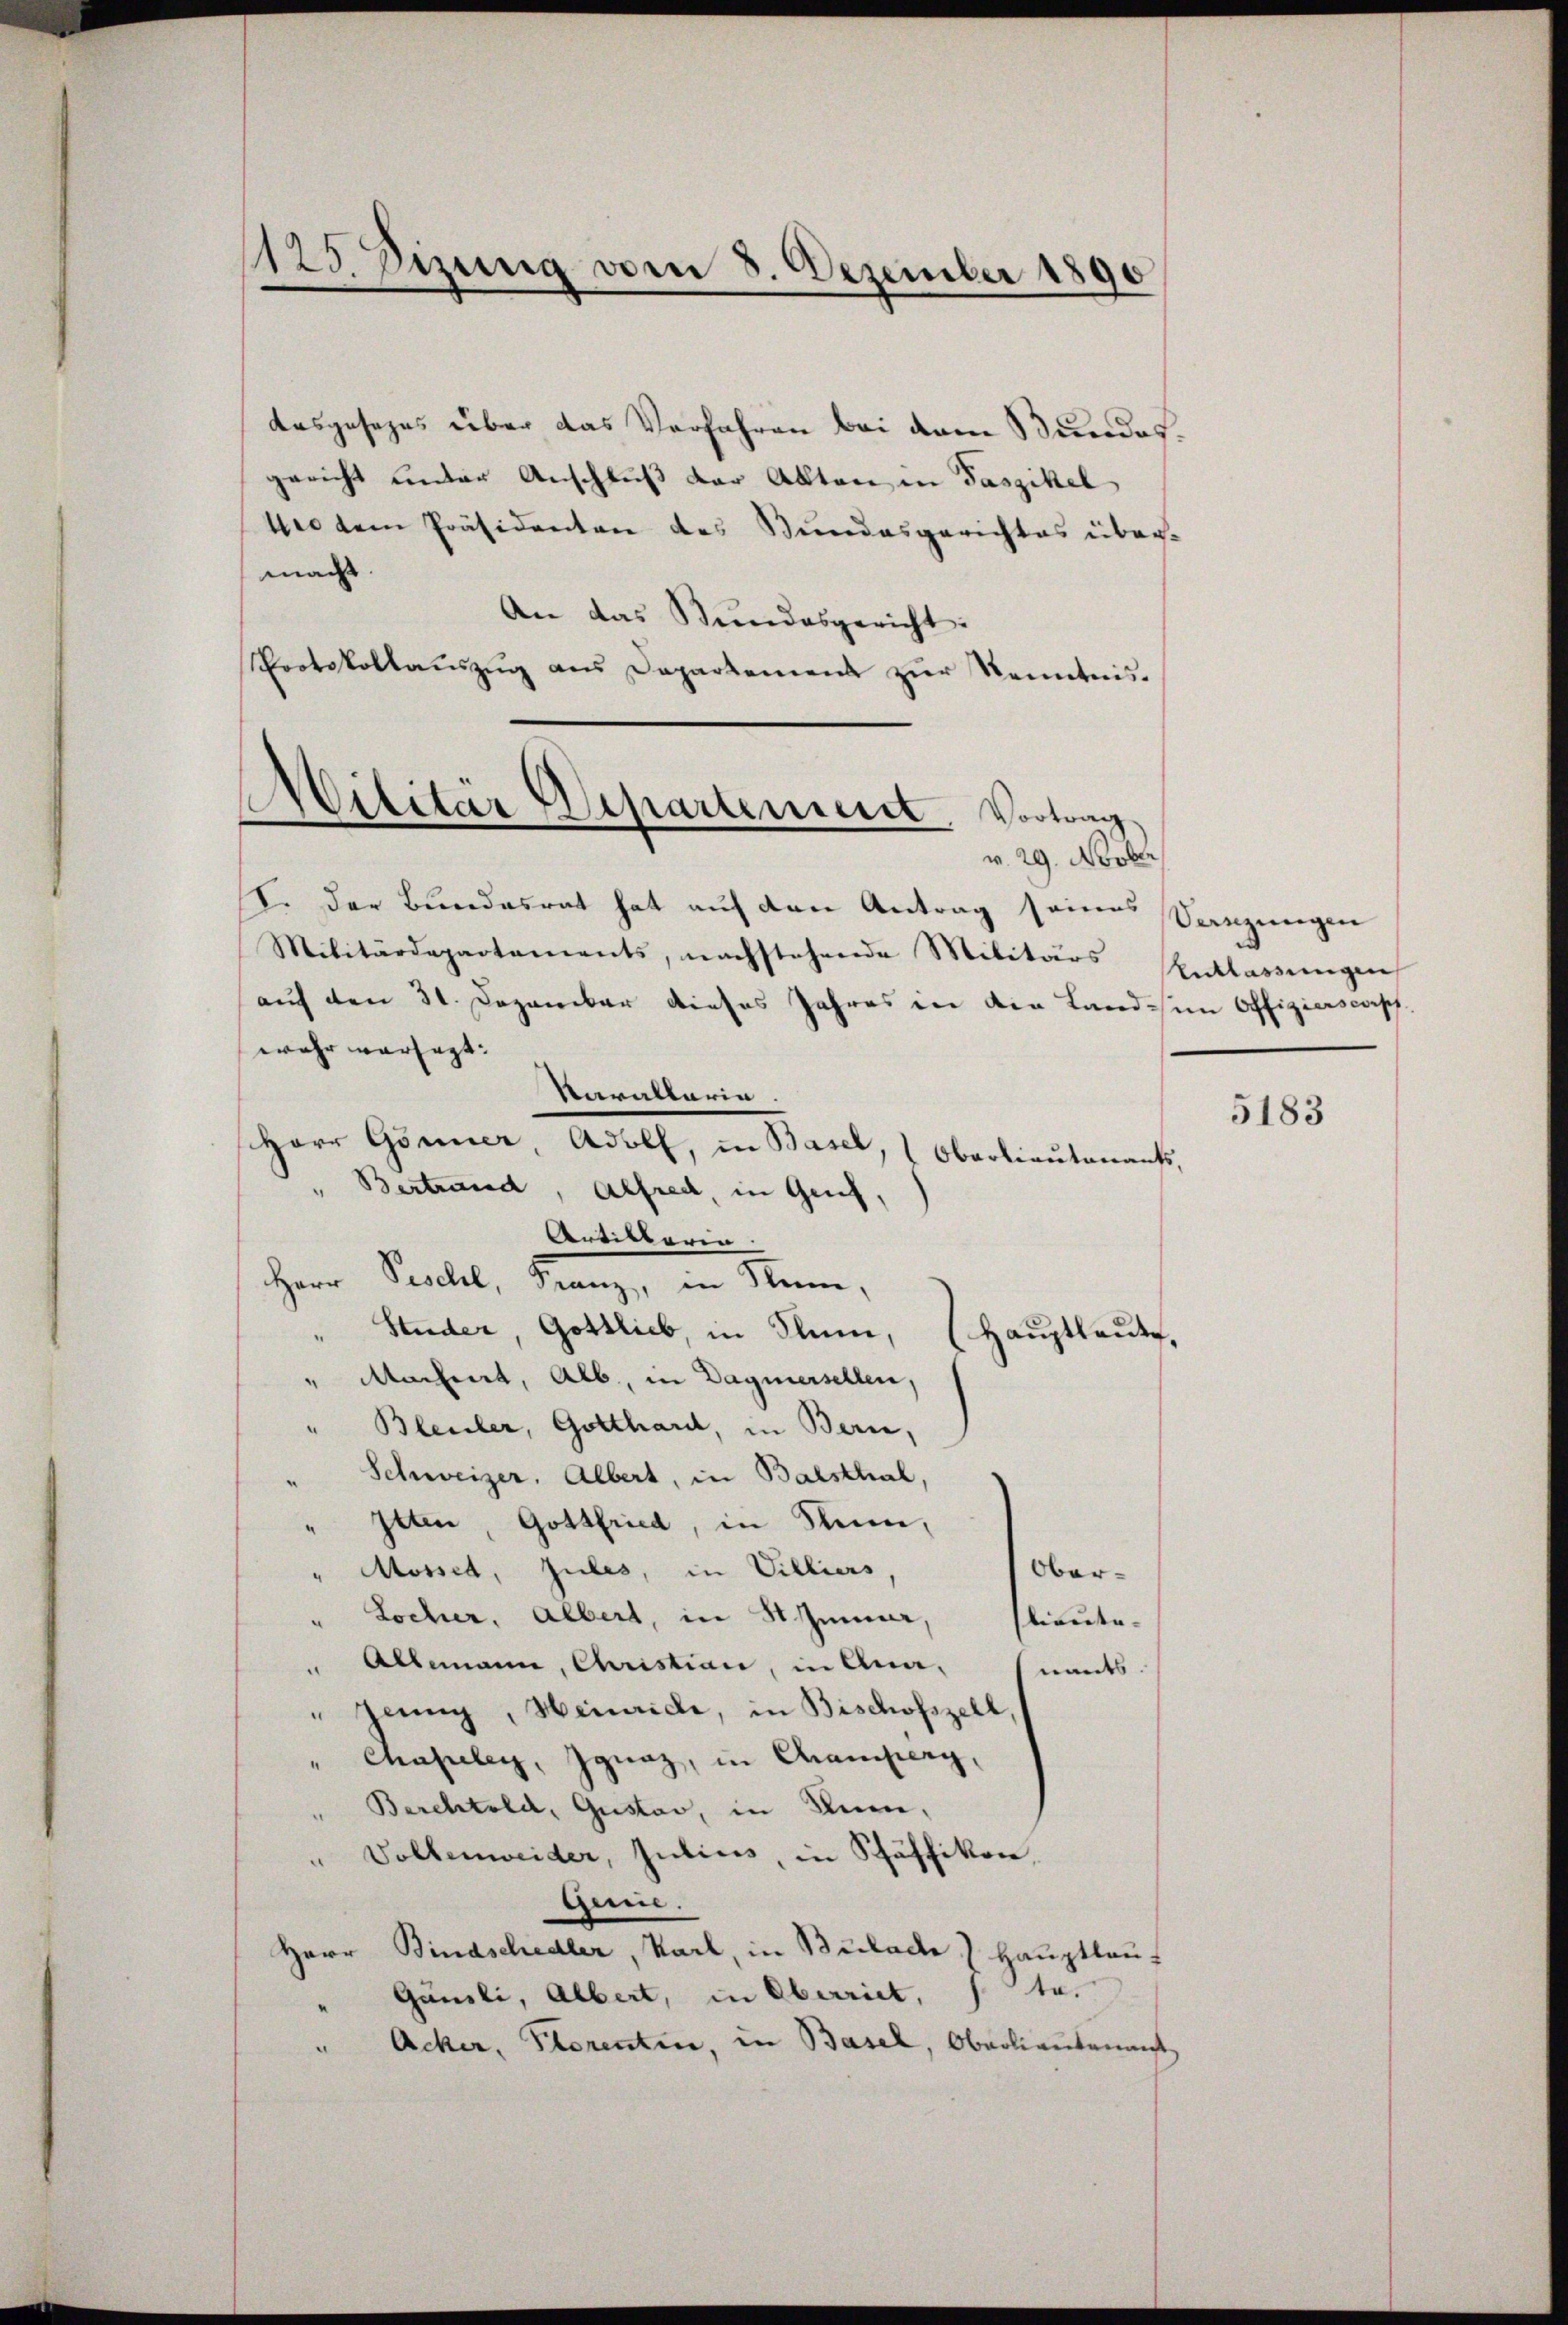
125. Sizung vom 8. Dezember 1890

Ausgesezes über das Verfahren bei dem Bundesgericht unter Anschluß der Akten in Faszikel
tee dem Präsidenten des Bundesgerichtes über-
mad
An das Stundesgericht:
Protokollaŭszŭg aŭs Departement zŭr Kenntnis-
I. Der Bundesrat hat auf den Antrag seines
Militärdepartements, nachstehende Militärs Entlassungen
auf den 31. Dezember dieses Jahres in die Land in Offizierscopf
wehr verfügt: |
Kavallaria
Herr Gönner
Adolf, in Basel, (Oberlieutenaufs,
Bertrand, Alfred in Genf,
Artiktoria
Herr
Peschl, Franz, in Nein,
Studer, Gottlieb, in Plum,
Hauptleute,
" Machert, Alb, in Dagnersellen,
" Bleuler, Gotthard, in Bern,
Schweizer, Albert, in Balsthal,
" Itten, Gottfried, in Rum,
Mosset, zules, in Villiers,
Ober-
.
Locher, Albert, in St. Gener,
lieute- |
" Altmann, Christian, in Ananants.
"Jenug, Heinriche, in Bischofszell,
Chapeler, Ignaz, in Camperg,
Berchtold, Gustav, in Kern,
Vollenweider, Julius, in Schäffikon,
Gein.
Herr Bindschedler, Karl, in Bulade 7 Hauptlaut
Gänsli, Albert, in Oberriet, 1 te.
" Acker, Plorentin, in Basel, Oberlieutenant

d
Militär Departement. Vortrag
v. 29. Novber

Venzungen

5183